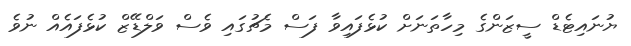
ޔުނައިޓެޑް ސީޒަންގެ މިހާތަނަށް ކުޅެފައިވާ ފަސް މެޗުގައި ވެސް ވަލްޑޭޒް ކުޅެފައެއް ނުވެ